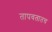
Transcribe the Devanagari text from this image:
तापवतातच